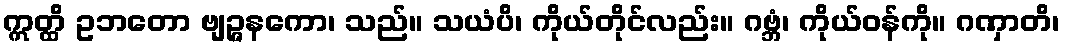
ဣတ္ထိ ဥဘတော ဗျဉ္ဇနကော၊ သည်။ သယံပိ၊ ကိုယ်တိုင်လည်း။ ဂဗ္ဘံ၊ ကိုယ်ဝန်ကို။ ဂဏှာတိ၊